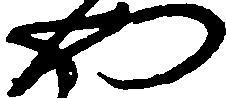
や